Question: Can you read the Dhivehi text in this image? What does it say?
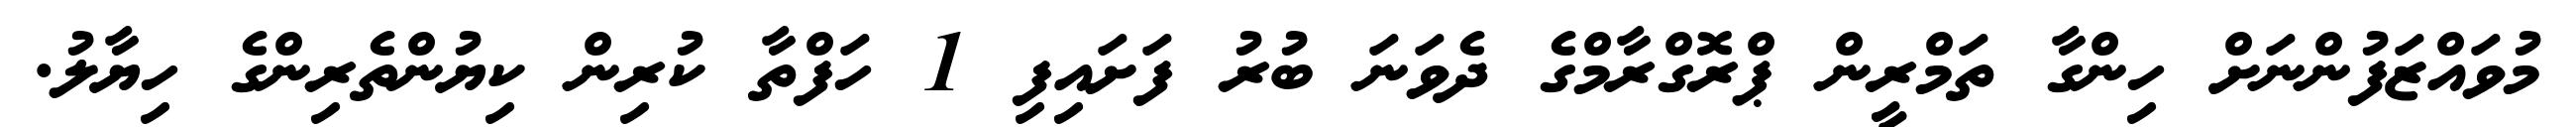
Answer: މުވައްޒަފުންނަށް ހިންގާ ތަމްރީން ޕްރޮގްރާމްގެ ދެވަނަ ބުރު ފަށައިފި 1 ހަފްތާ ކުރިން ކިޔުންތެރިންގެ ހިޔާލު.